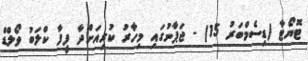
ޓޮޔޯޓާ (ޑިސެމްބަރު 15) - ޖަޕާނުގައި މިހާރު ކުރިއަށްދާ ފީފާ ކްލަބު ވޯލްޑް